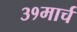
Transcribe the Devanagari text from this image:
३१मार्च